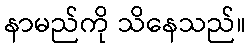
နာမည်ကို သိနေသည်။